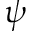
{ \psi }